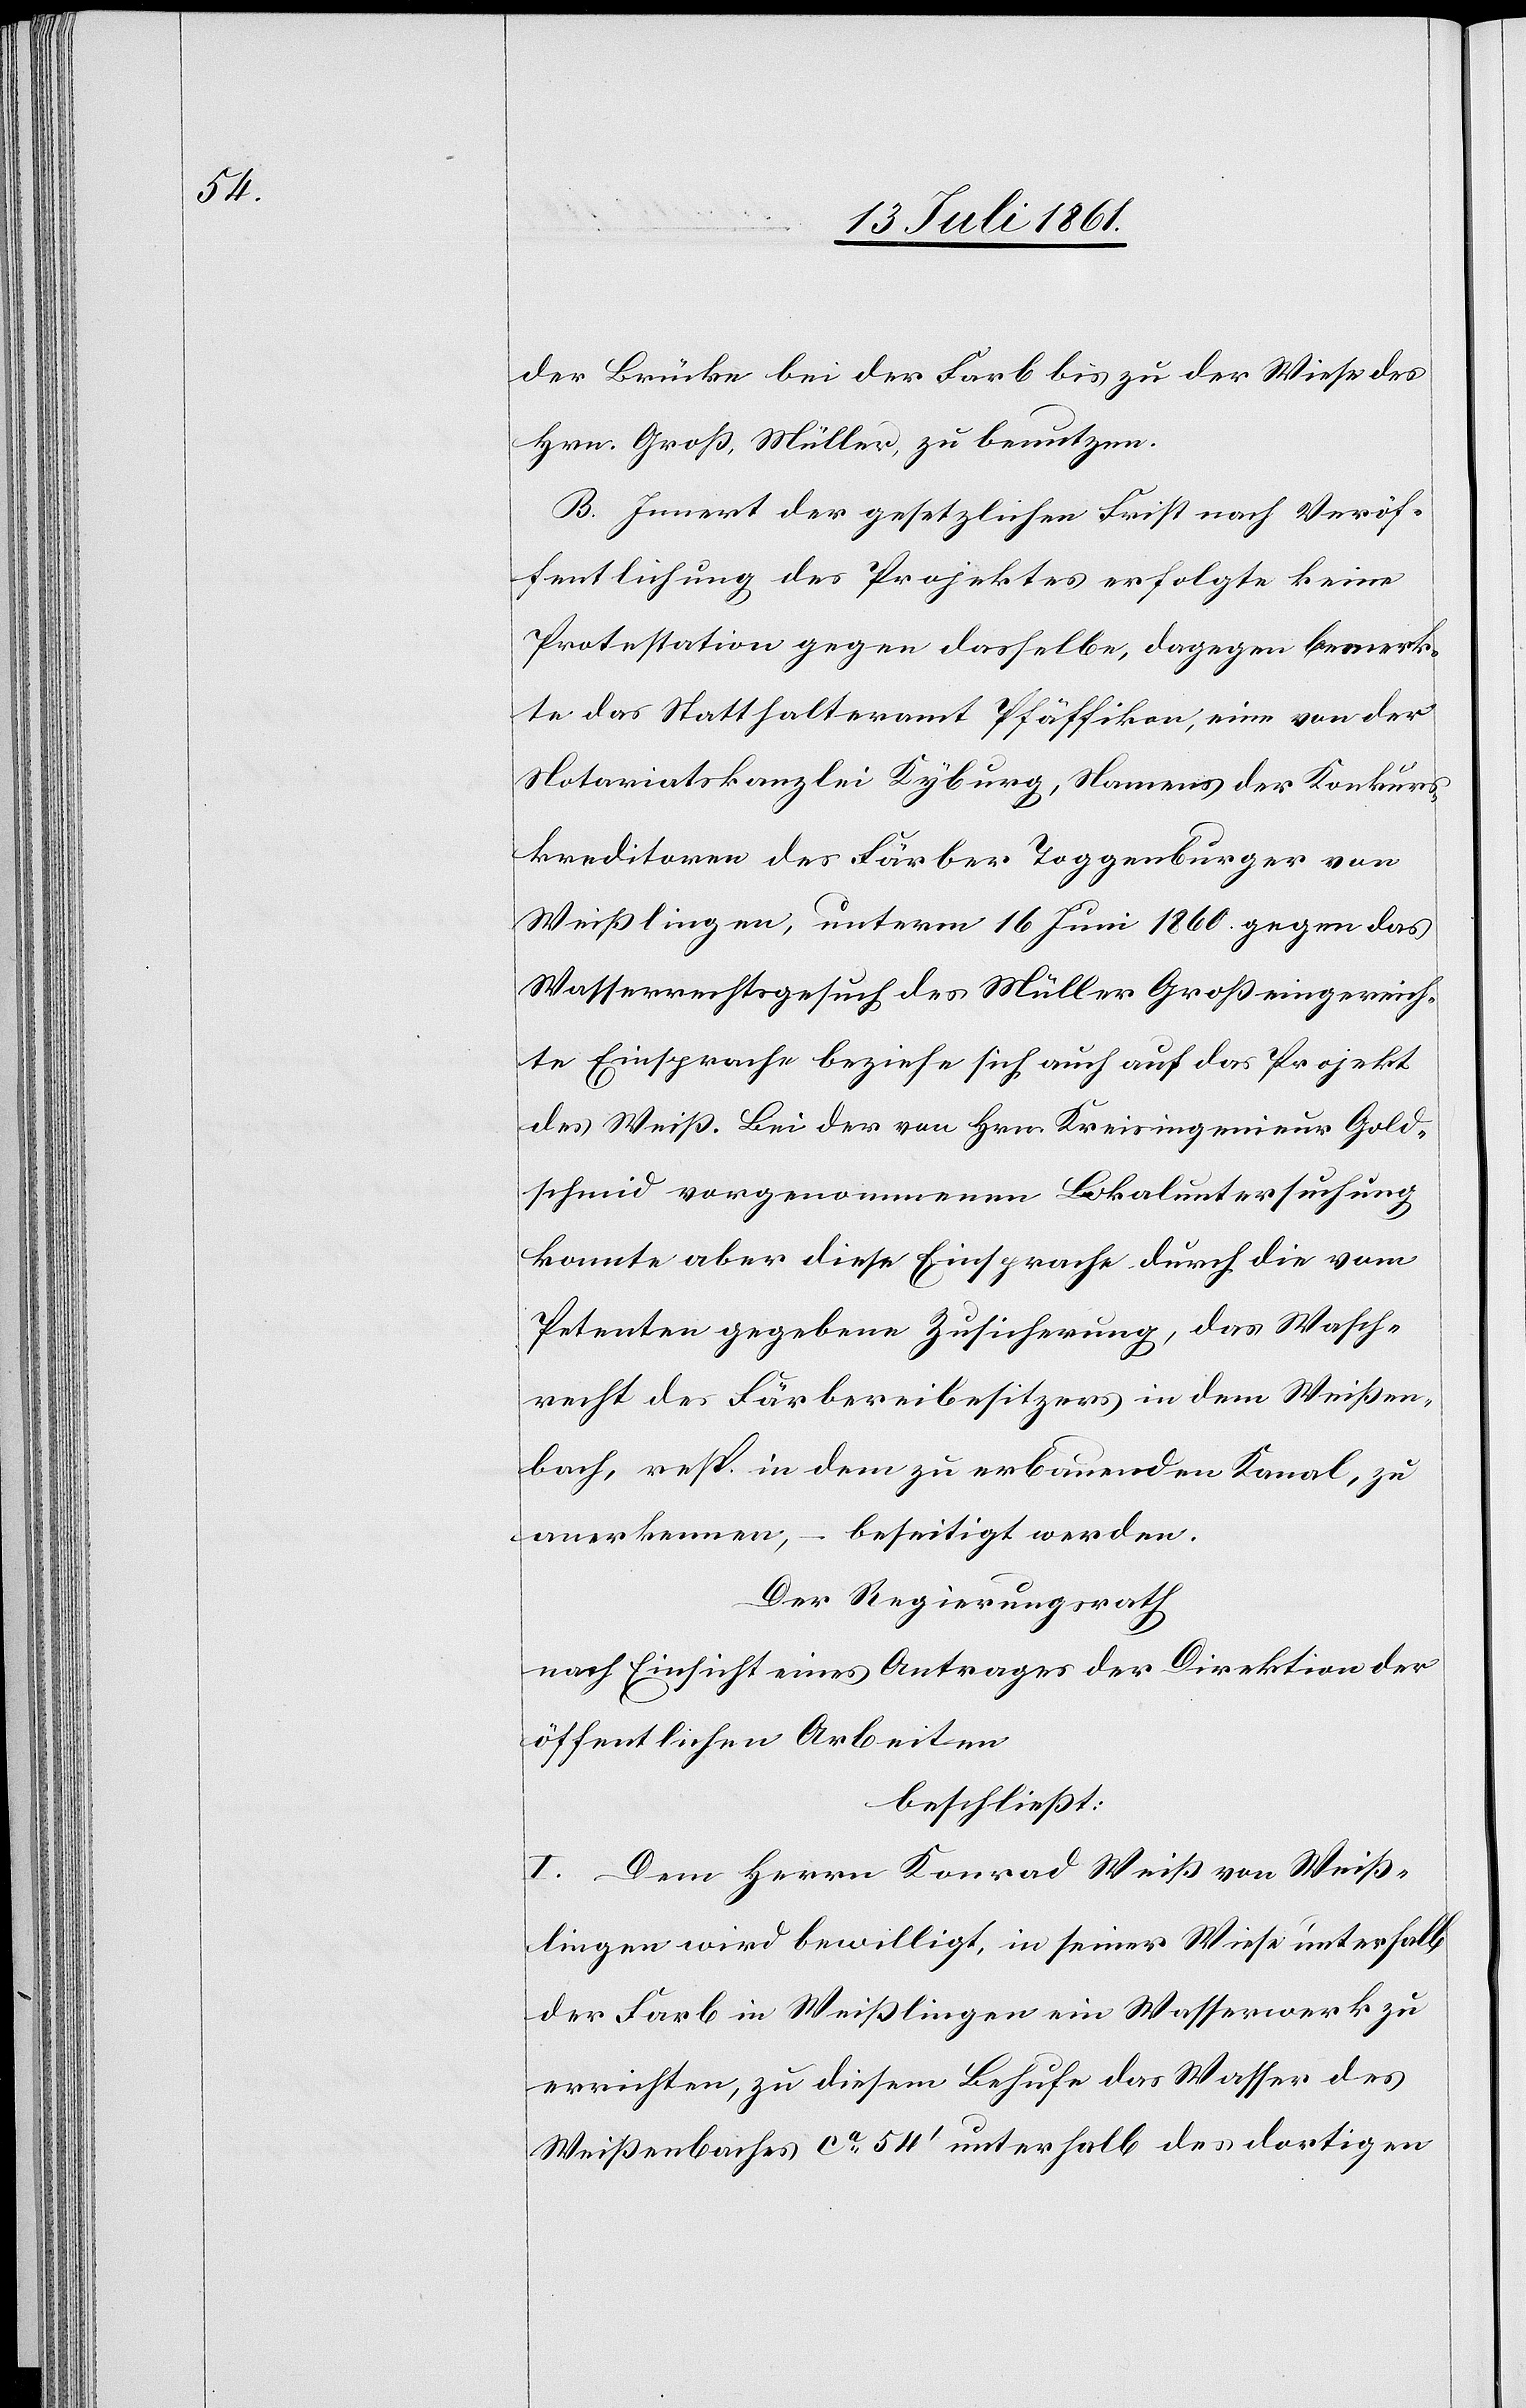
der Brücke bei der Farb bis zu der Wiese des
Hrn. Groß, Müller, zu benutzen.
B. Innert der gesetzlichen Frist nach Veröf¬
fentlichung des Projektes erfolgte keine
Protestation gegen dasselbe, dagegen bemerk¬
te das Statthalteramt Pfäffikon, eine von der
Notariatskanzlei Kyburg, Namens der Konkurs¬
kreditoren des Färber Toggenburger von
Weißlingen, unterm 16 Juni 1860 gegen das
Wasserrechtsgesuch des Müller Groß eingereich¬
te Einsprache beziehe sich auch auf das Projekt
des Weiß. Bei der von Hrn. Kreisingenieur Gold¬
schmid vorgenommenen Lokaluntersuchung
konnte aber diese Einsprache durch die vom
Petenten gegebene Zusicherung, das Wasch¬
recht des Färbereibesitzers in dem Weißen¬
bach, resp. in dem zu erbauenden Kanal, zu
anerkennen, – beseitigt werden.
Der Regierungsrath
nach Einsicht eines Antrages der Direktion der
öffentlichen Arbeiten,
beschließt:
I. Dem Herrn Konrad Weiß von Weiß¬
lingen wird bewilligt, in seiner Wiese unterhalb
der Farb in Weißlingen ein Wasserwerk zu
errichten, zu diesem Behufe das Wasser des
Weißenbaches ca 54’ unterhalb des dortigen